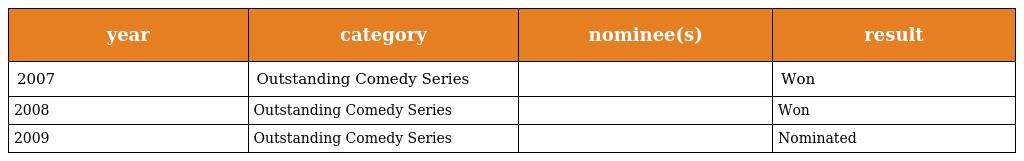
| year | category | nominee(s) | result |
 | --- | --- | --- | --- |
 | 2007 | Outstanding Comedy Series |  | Won |
 | 2008 | Outstanding Comedy Series |  | Won |
 | 2009 | Outstanding Comedy Series |  | Nominated |